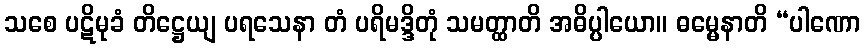
သစေ ပဋိမုခံ တိဋ္ဌေယျ ပရသေနာ တံ ပရိမဒ္ဒိတုံ သမတ္ထာတိ အဓိပ္ပါယော။ ဓမ္မေနာတိ “ပါဏော